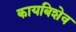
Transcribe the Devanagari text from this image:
कायबिशेव